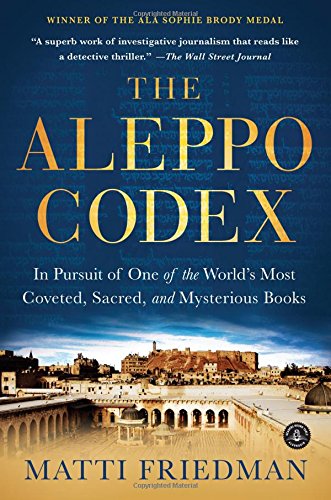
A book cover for The Aleppo Codex: In Pursuit of One of the World's Most Coveted, Sacred, and Mysterious Books; Matti Friedman; Religion & Spirituality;